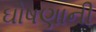
ઘોષણાની